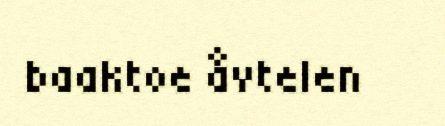
baaktoe åvtelen